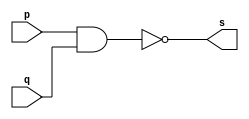
// ------------------------- 
// Exemplo0006 - 	NAND 
// Nome: Joao Augusto de Moura Araujo 
// ------------------------- 
// ------------------------- 
// -- and gate 
// ------------------------- 
module nandgate ( output s, input p, input q); 
assign s = ~(p & q); 
endmodule // nandgate 
// --------------------- 
// -- test nand gate 
// --------------------- 
module testnandgate; 
// ------------------------- dados locais 
reg a, b; // definir registradores 
wire s; // definir conexao (fio) 
// ------------------------- instancia 
nandgate NAND1 (s, a, b); 
// ------------------------- preparacao 
initial begin:start 
// atribuicao simultanea 
// dos valores iniciais 
a=0; b=0; 
end 
// ------------------------- parte principal 
initial begin 
$display("Exemplo0006 - Joao Augusto de Moura Araujo - 451582"); 
$display("Test NAND gate"); 
$display("\na ~& b = s\n"); 
a=0; b=0; 
#1 $display("%b ~& %b = %b", a, b, s); 
a=0; b=1; 
#1 $display("%b ~& %b = %b", a, b, s); 
a=1; b=0; 
#1 $display("%b ~& %b = %b", a, b, s); 
a=1; b=1; 
#1 $display("%b ~& %b = %b", a, b, s); 
end 
endmodule // testandgate